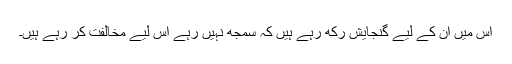
اس میں ان کے لیے گنجایش رکھ رہے ہیں کہ سمجھ نہیں رہے اس لیے مخالفت کر رہے ہیں۔